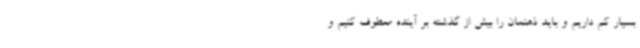
بسیار کم داریم و باید ذهنمان را بیش از گذشته بر آینده معطوف کنیم و